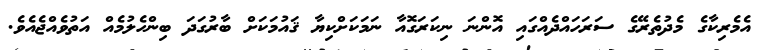
އެމެރިކާގެ މެދުތެރޭގެ ސަރަހައްދެއްގައި އޮންނަ ނިކަރަގޮއާ ނަމަކަށްކިޔާ ޤައުމަކަށް ބާރުގަދަ ބިންހެލުމެއް އަތުވެއްޖެއެވެ.